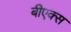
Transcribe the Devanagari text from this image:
बीएक्स